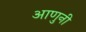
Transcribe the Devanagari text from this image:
आणुनी